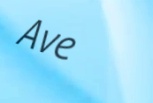
Ave